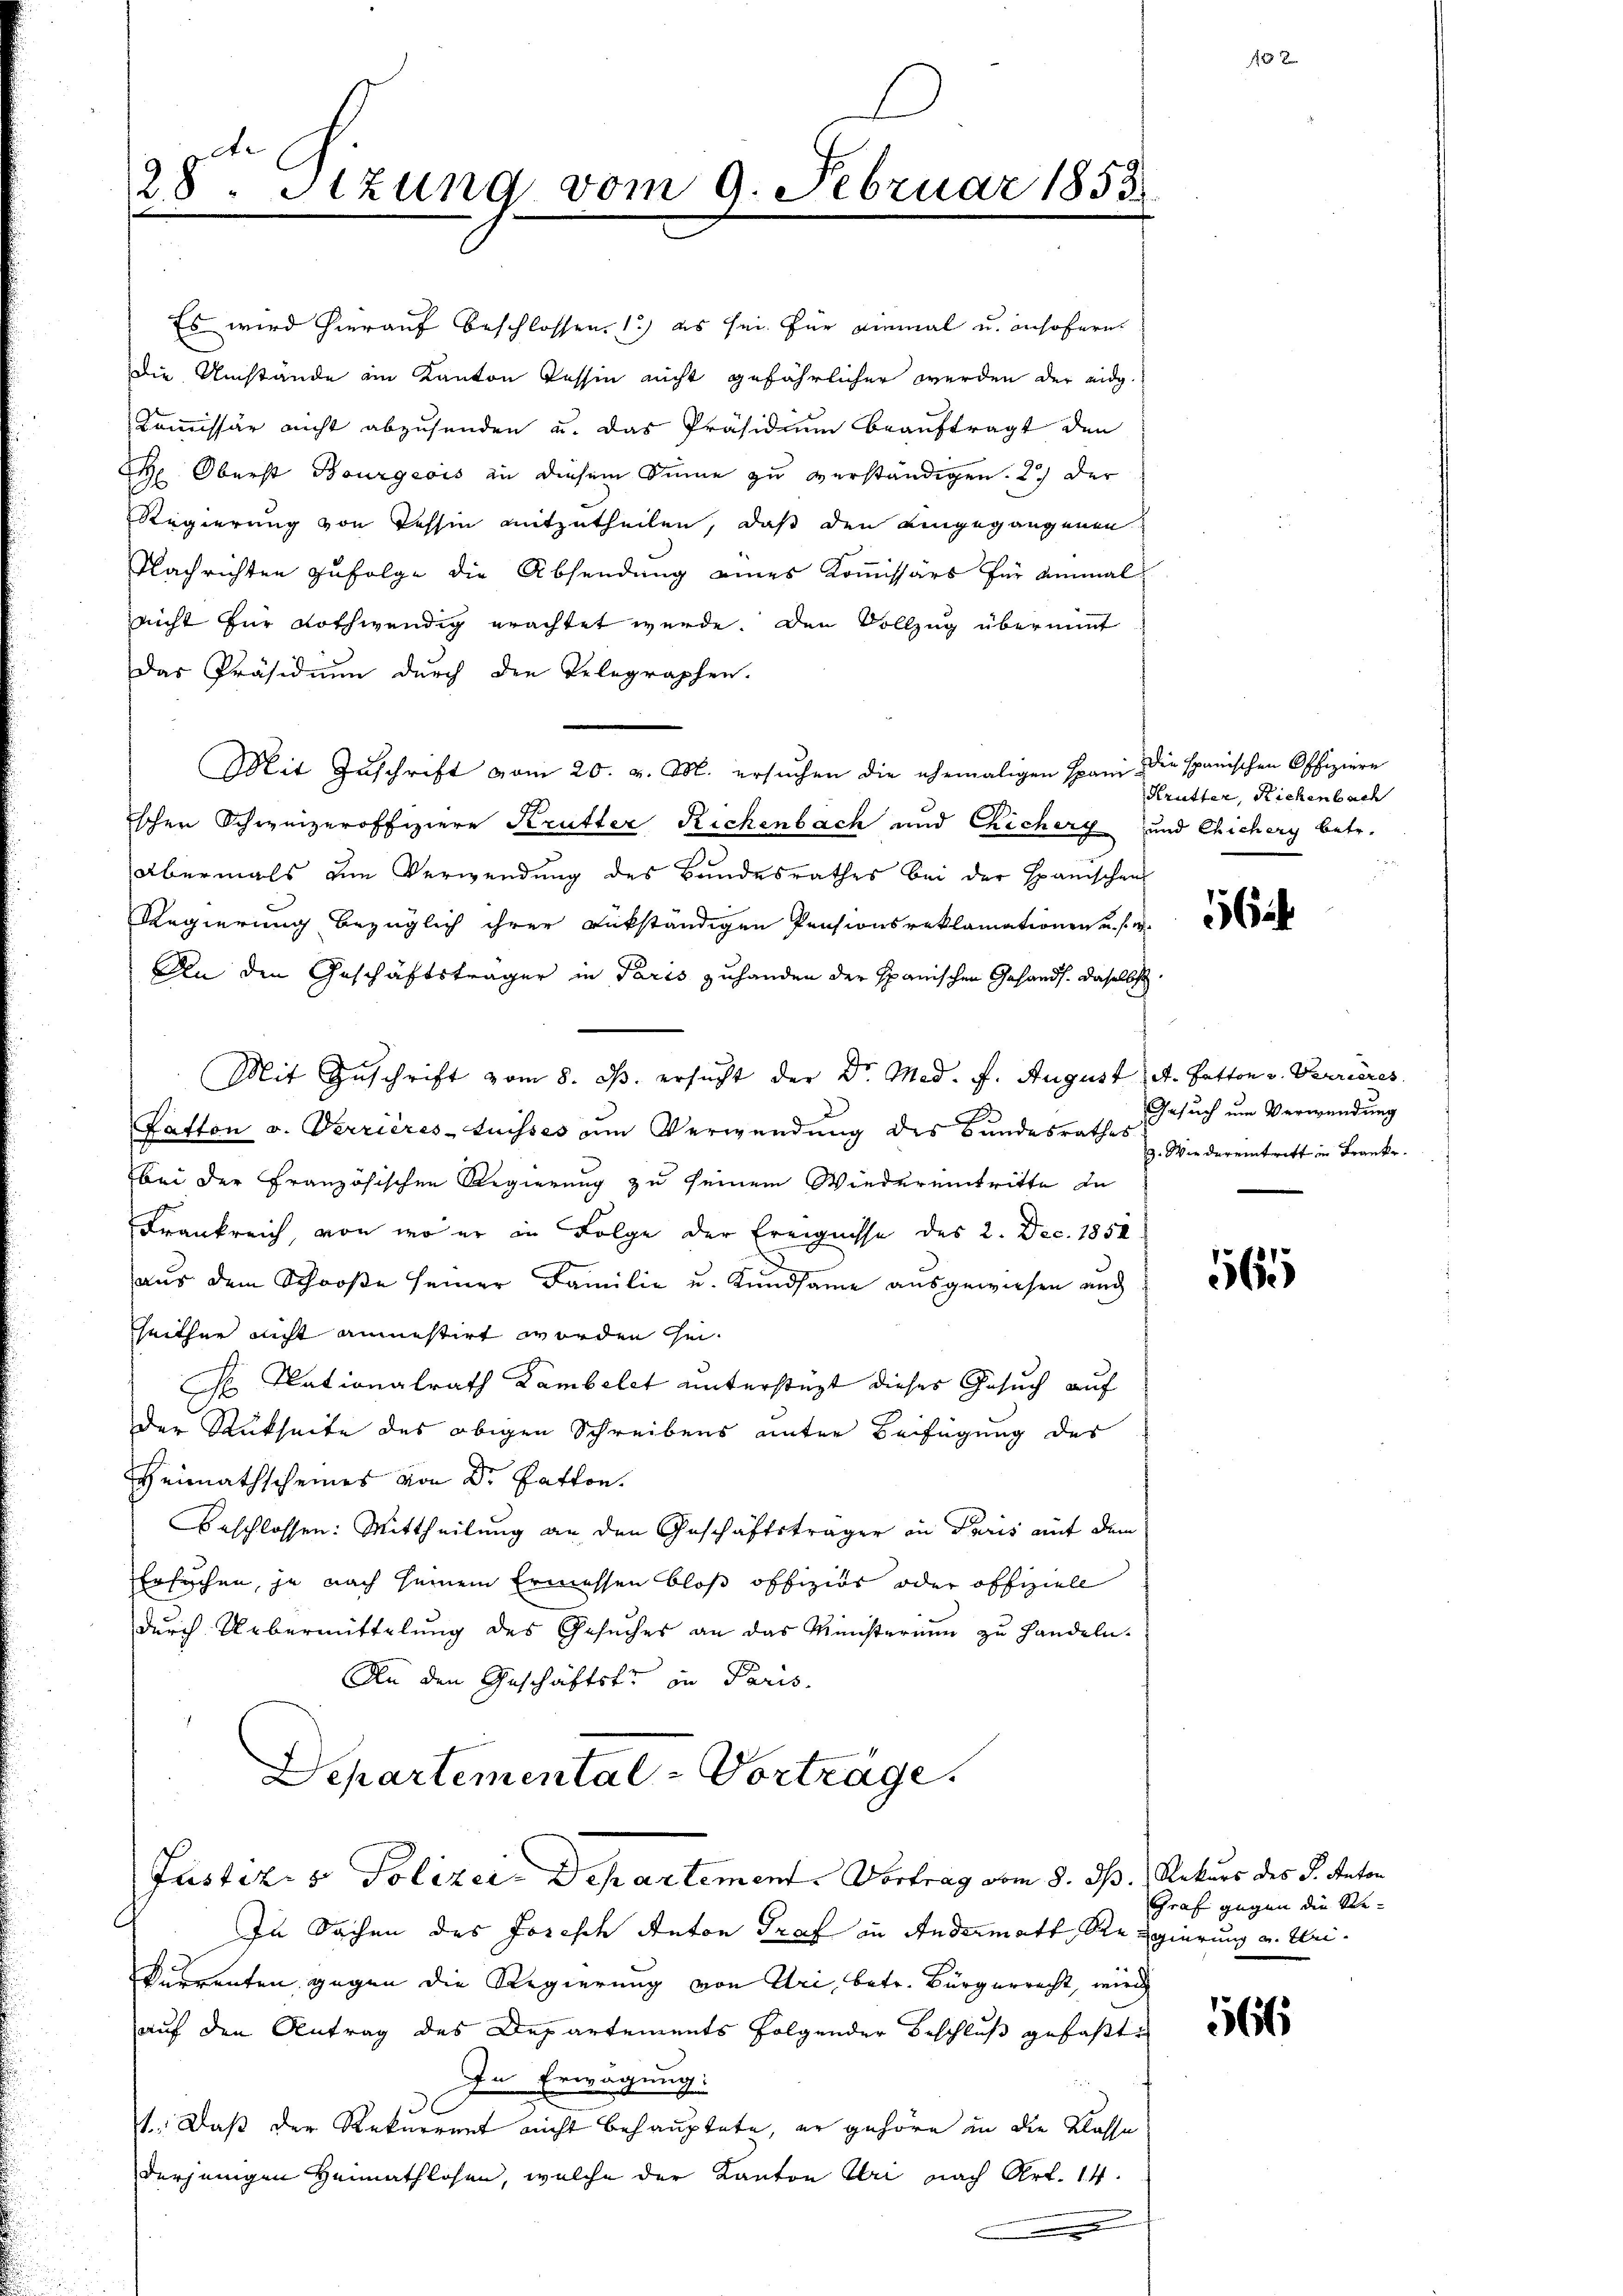
28. Stzung vom 9. Februar 1858.

Es wird hierauf beschlossen. 1) es sei für einmal u. insofern
Die Umstände am Kanton Tessin nicht gefährlicher werden der eidg.
Kommissär nicht abzusenden u. das Präsidium beauftragt den
 Oberst Bourgeois in diesem Sinne zu verständigen. 2.) Der
Regierung von Tessin mitzutheilen, daß den eingegangenen
Nachrichten zufolge die Absendung eines Kommissärs für einmal
nicht für nothwendig erachtet werde. Den Vollzug übermit
Das Präsidium durch den Telegraphen.
Mit Zuschrift vom 20. v. M. ersuchen die ehemaligen Spani die spanischen Offiziere
schen Schweizeroffiziere Krutter Rickenbach und Chichery und Chichery betr.
abermals zum Verwendung des Bundesrathes bei der Spanischen
Regierung bezüglich ihrer rükständigen Pensionsreklamationen u. s. w.
An den Geschäftsträger in Paris zuhanden der Spanischen Gesandt. daselbst
Mit Zuschrift vom 8. ds. ersucht der Dr. Med. f. August A. Batton v. Karrières
Kafton v. Verrieres-tuisses um Verwendung des Bundesrathes
bei der Französischen Regierung zu seinem Wiedereintritte zu
Frankreich, von wo er in Folge der Ereignisse des 2. Dec. 1854.
aus dem Schooße seiner Familie u. Kundsame ausgewiesen und
heither nicht annestirt worden sei.
F. Nationalrath Lambelet unterstüzt dieses Gesuch auf
der Rückseite des obigen Schreibens unter Beifügung des
Heimathscheines von Dr. Patton.
Beschlossen: Mittheilung an den Geschäftsträger in Paris auf dem
Ersuchen, je nach seinem Ermessen bloß offiziös oder offiziell
dŭrch Uebermittelŭng des Gesŭches an das Ministerium zŭ handeln.
An den Geschäftste in Paris
Departemental-Vorträge.
Justizis Polizei Departement. Vortrag vom 8. ds. Rekurs des S. Anton
In Sachen des Joseph Anton Graf in Andermatt, Regierung a. Wei¬
Currenten gegen die Regierung von Uri, betr. Bürgerrecht, wird
auf den Antrag des Departements folgender Beschluß gefaßte
In Erwägung.
1. Daß der Rekurrent nicht behauptete, er gehöre in die Klasse
derjenigen Heimathlosen, welche der Kanton Uri nach Art. 14.

Krutter, Richenbach
0

6

Gesuch um Verwendung
9. Wie der eintritt in Franke.

56

Graf gegen die Re¬

16